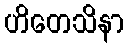
ဟိတေသိနာ